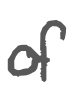
Text: of
Cross-out: clean
Writing tool: digital_gray